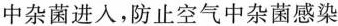
中杂菌进入，防止空气中杂菌感染